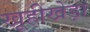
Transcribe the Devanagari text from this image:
खूहीखेड़ा